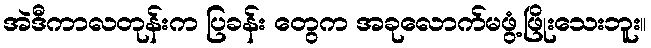
အဲဒီကာလတုန်းက ပြခန်း တွေက အခုလောက်မဖွံ့ဖြိုးသေးဘူး။